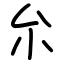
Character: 厼